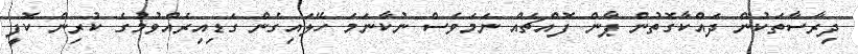
ދިރާސާތަކުން ދައްކާގޮތުން ޕާން ފޮއްޗެއް ނަމަވެސް ނުކާނަމަ ހޭލައިގެން ގަޑިއިރެއްވުމުގެ ކުރިން ކޮފީ